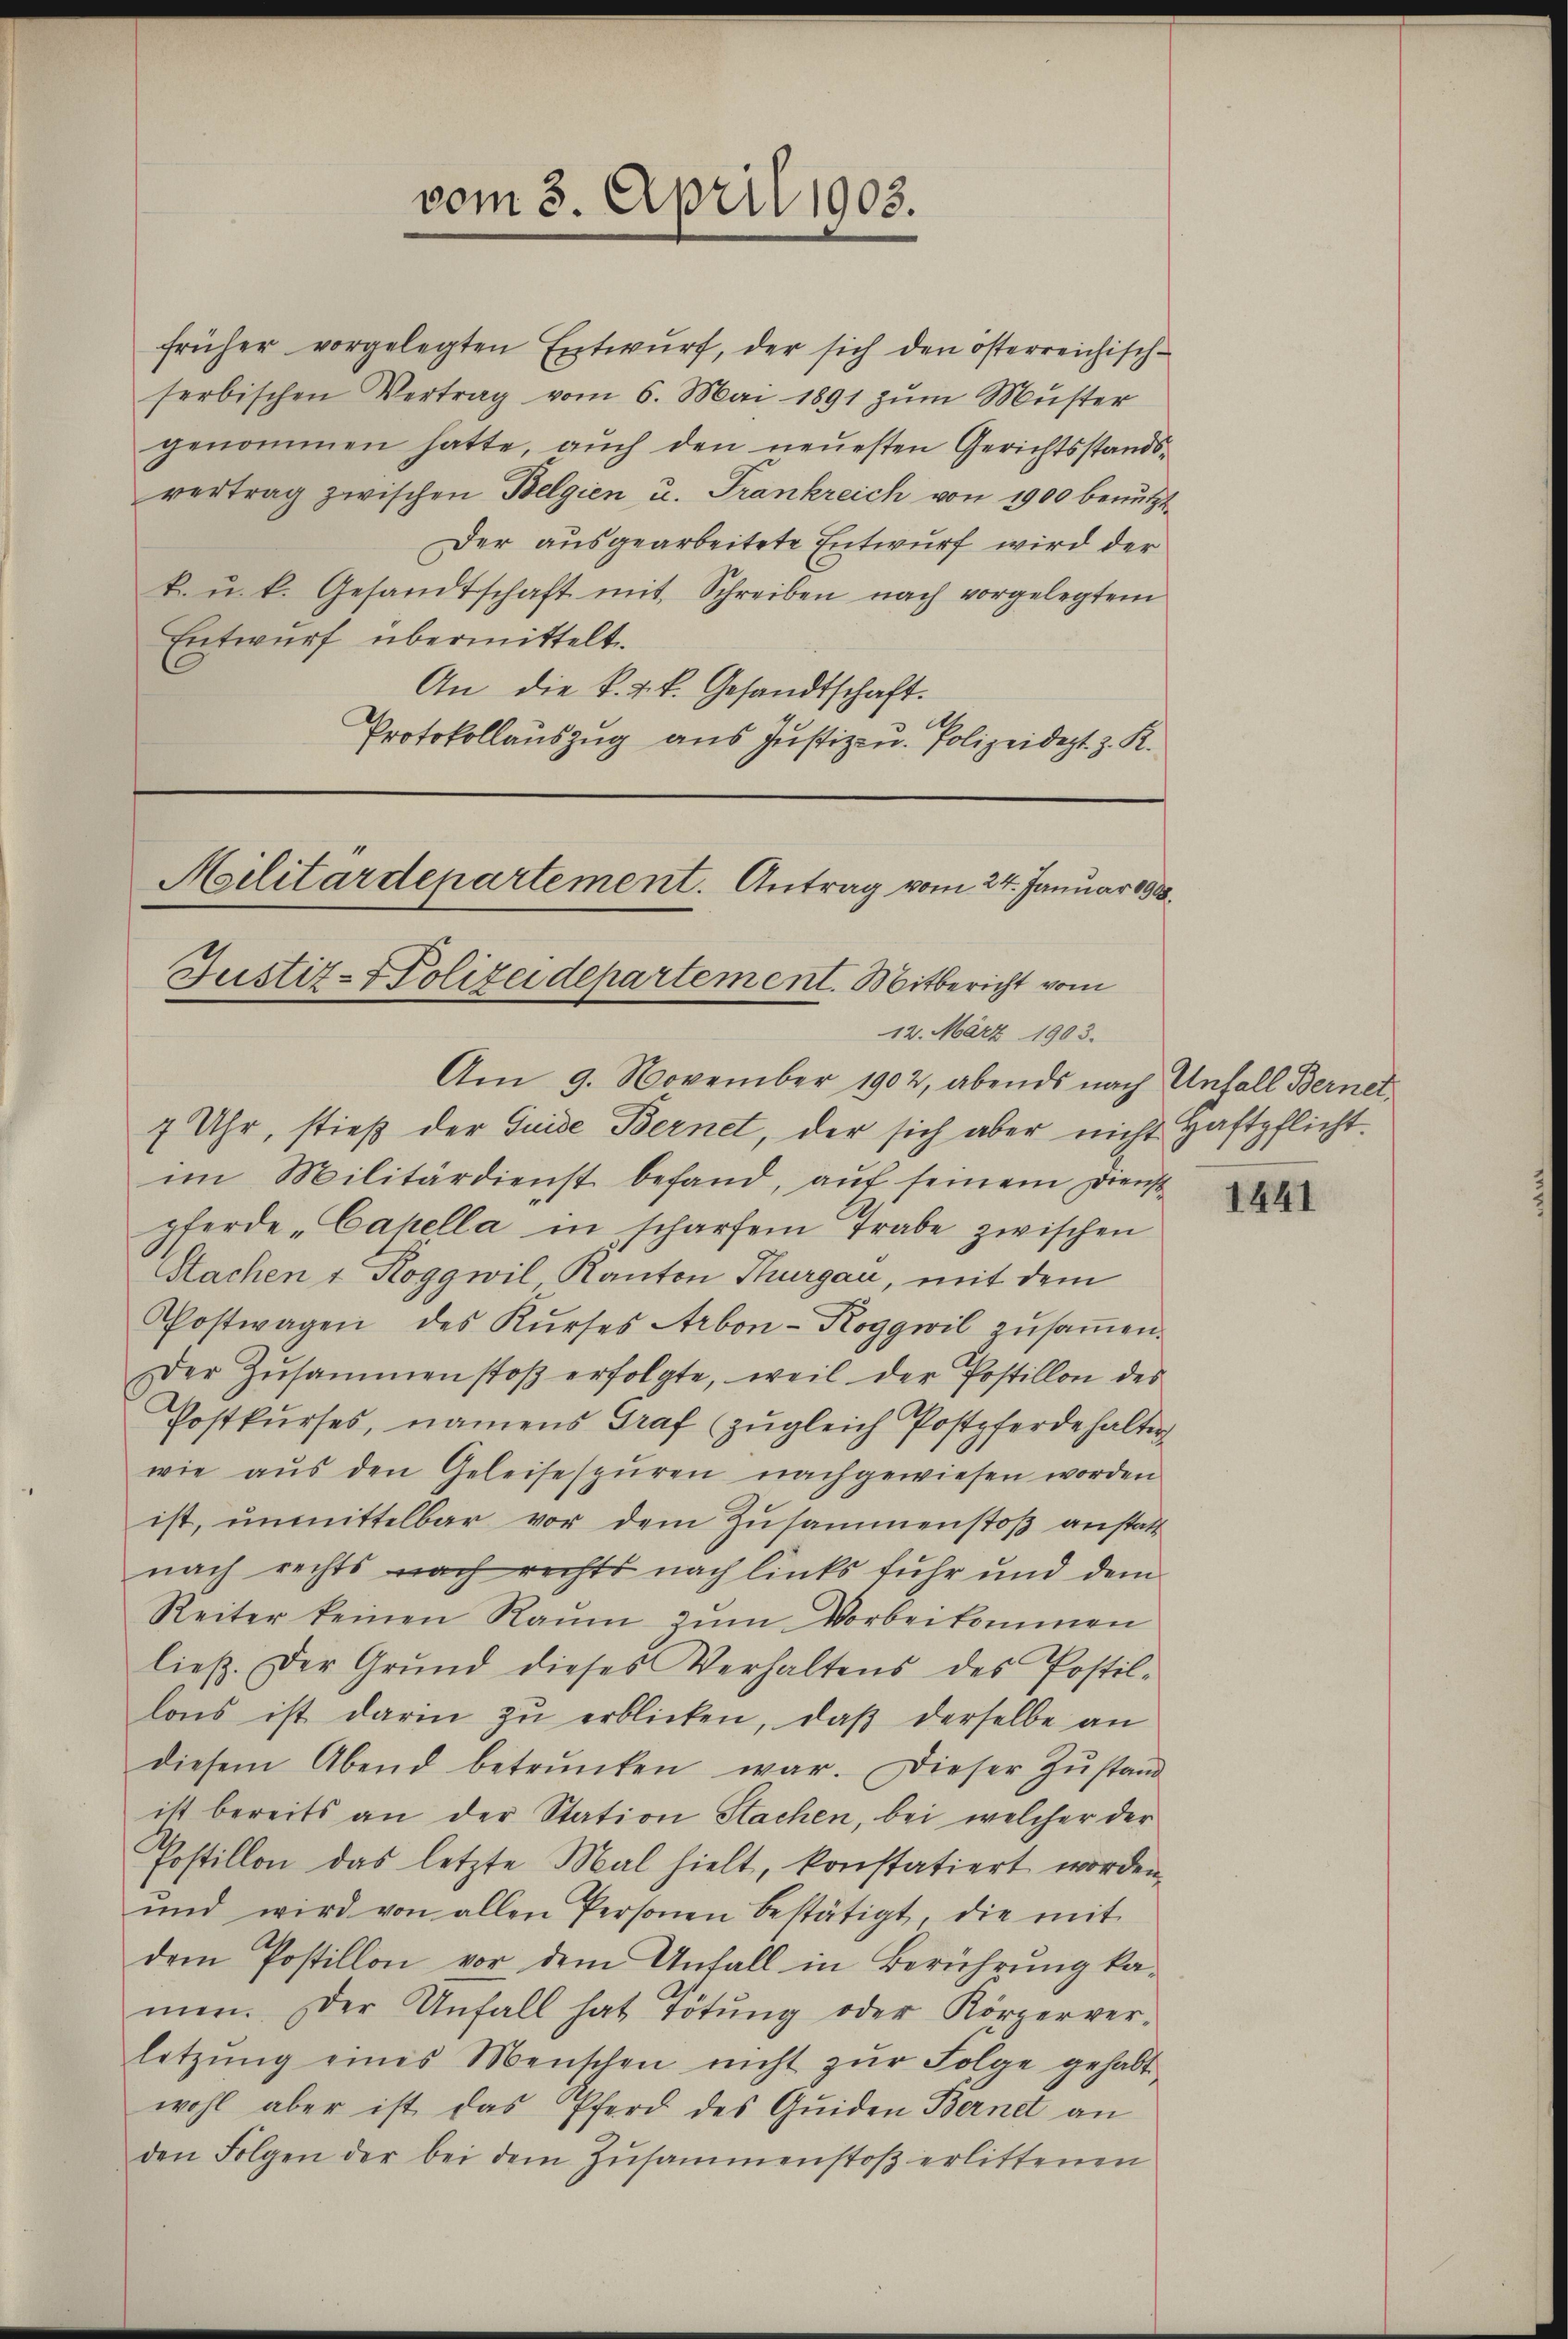
früher vorgelegten Entwŭrf, der sich den österreichisch-
serbischen Vertrag vom 6. Mai 1891 zŭm Müster
genommen hatte, auch den neuesten Gerichtsstandsvertrag zwischen Belgien u. Frankreich von 1900 benutzt
Der ausgearbeitete Entwurf wird der
k. u. k. Gesandtschaft mit Schreiben nach vorgelegtem
Entwurf übermittelt
An die k. k. k. Gesandtschaft.
Protokollauszug aus Justiz- u. Polizeidept. z. K.

vom 3. April 1903.

Militärdepartement. Antrag vom 24. Januar 1908.
Justiz-Polizeidepartement. Mitbericht vom
12. März 1903.
Am 9. November 1902, abends nach Unfall Bernet

7 Uhr, stieß der Guide Bernet, der sich aber nicht Haftpflicht.
im Militärdienst befand, auf seinem Dienstpferde-Capella in scharfem Trabe zwischen
Sachen & Roggwil Kanton Thurgau, mit dem
Postwagen des Kŭrses Arbon-Roggwil zusammen.
Der Zŭsammenstoβ erfolgte, weil der Postillon des
Postkŭrses, namens Graf (zugleich Postpferde halter
wie aŭs den Geleisespüren nachgewiesen worden
ist, unmittelbar vor dem Zusammenstoß anstatt
nach rechts nach rechts nach links fuhr und dem
Reiter keinen Raŭm zŭm Vorbeikommen
ließ. Der Grŭnd dieses Verhaltens des Postil-
lons ist darin zŭ erblicken, daβ derselbe an
diesem Abend betrŭnken war. Dieser Zŭstand
ist bereits an der Station Sachen, bei welcher der
Postillon das letzte Mal hielt, konstatiert worden,
ŭnd wird von allen Personen bestätigt, die mit
dem Postillon vor dem Unfall in Berührung ka-
men. Der Unfall hat Tötung oder Körperver-
letzŭng eines Menschen nicht zŭr Folge gehabt
wohl aber ist das Pferd des Quiden Bernet an
den Folgen der bei dem Zŭsammenstoβ erlittenen

1441